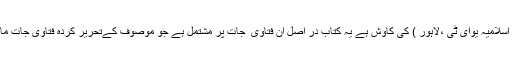
زیر تبصرہ کتاب ’’ فتاویٰ افکار اسلامی ‘‘ ڈاکٹر حافظ محمد شبہاز حسن کاہلوں﷾(شعبہ علوم اسلامیہ یوای ٹی ،لاہور ) کی کاوش ہے یہ کتاب در اصل ان فتاوی ٰ جات پر مشتمل ہے جو موصوف کےتحریر کردہ فتاویٰ جات ماہنامہ دعوۃ التوحید ،اسلام آباد میں (جولائی2000ء تا نومبر2010ء) میں شائع ہوتے رہے ۔